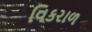
વિકરાળ